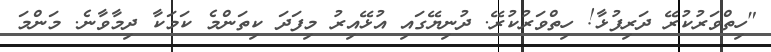
"ހިތްވަރުކުރޭ ދަރިފުޅާ! ހިތްވަރުކުރޭ. ދުނިޔޭގައި އުޅޭއިރު މިފަދަ ކިތަންމެ ކަމަކާ ދިމާވާނެ. މަންމަ